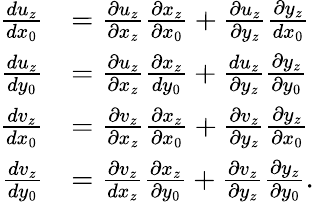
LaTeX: \begin{array}{rl}{\frac{du_{z}}{dx_{0}}}&{=\frac{\partial u_{z}}{\partial x_{z}}\frac{\partial x_{z}}{\partial x_{0}}+\frac{\partial u_{z}}{\partial y_{z}}\frac{\partial y_{z}}{dx_{0}}}\\ {\frac{du_{z}}{dy_{0}}}&{=\frac{\partial u_{z}}{\partial x_{z}}\frac{\partial x_{z}}{dy_{0}}+\frac{du_{z}}{\partial y_{z}}\frac{\partial y_{z}}{\partial y_{0}}}\\ {\frac{dv_{z}}{dx_{0}}}&{=\frac{\partial v_{z}}{\partial x_{z}}\frac{\partial x_{z}}{\partial x_{0}}+\frac{\partial v_{z}}{\partial y_{z}}\frac{\partial y_{z}}{\partial x_{0}}}\\ {\frac{dv_{z}}{dy_{0}}}&{=\frac{\partial v_{z}}{dx_{z}}\frac{\partial x_{z}}{\partial y_{0}}+\frac{\partial v_{z}}{\partial y_{z}}\frac{\partial y_{z}}{\partial y_{0}}.}\end{array}